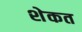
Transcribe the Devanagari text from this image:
शेकत